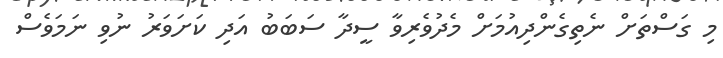
މި ގަސްތަށް ނެތިގެންދިއުމަށް މެދުވެރިވާ ސީދާ ސަބަބު އަދި ކަށަވަރު ނުވި ނަމަވެސް